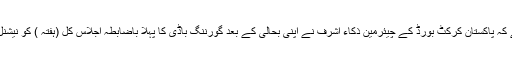
ذرائع کے حوالے سے بتایا گیا ہے کہ پاکستان کرکٹ بورڈ کے چیئرمین ذکاء اشرف نے اپنی بحالی کے بعد گورننگ باڈی کا پہلا باضابطہ اجلاس کل (ہفتہ ) کو نیشنل کرکٹ اکیڈمی میں طلب کیا ہے ۔